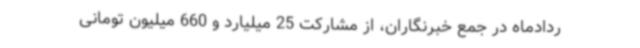
ردادماه در جمع خبرنگاران، از مشارکت 25 میلیارد و 660 میلیون تومانی